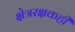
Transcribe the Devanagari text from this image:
क्षेत्ररक्षकही